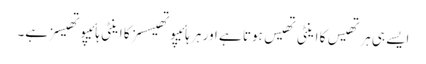
ایسے ہی ہرتھیس کا اینٹی تھیس ہوتا ہے اور ہر ہائیپوتھیسسز کا اینٹی ہائیپوتھیسز ہے۔